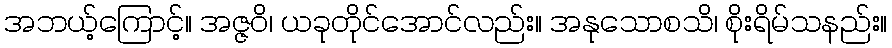
အဘယ့်ကြောင့်။ အဇ္ဇဝိ၊ ယခုတိုင်အောင်လည်း။ အနုသောစသိ၊ စိုးရိမ်သနည်း။